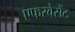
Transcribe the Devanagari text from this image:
एफरवेसेंट